Scientific memoirs by medical officers of the Army of India - Part X,
Year: 1897
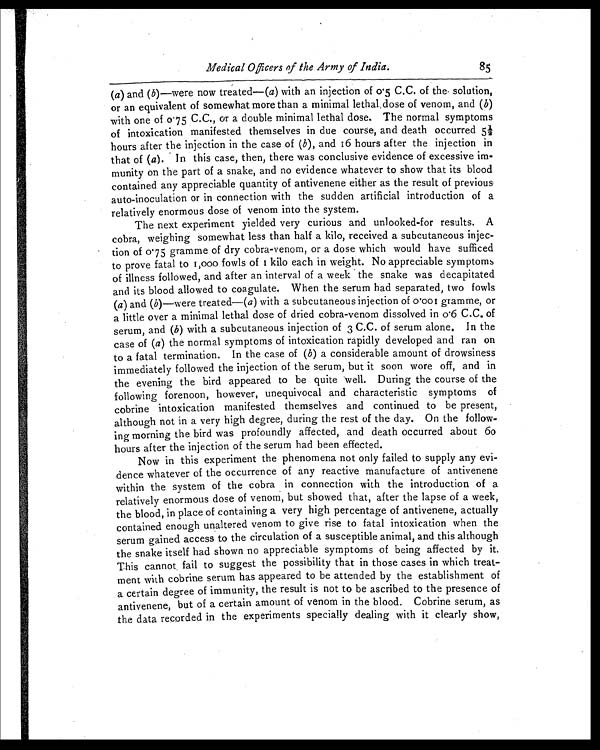
Medical Officers of the Army of India.
85
(a) and ( b)—were now treated—(a) with an injection of 0.5 C.C. of the, solution,
or an equivalent of somewhat more than a minimal lethal dose of venom, and ( b)
with one of 0.75 C.C., or a double minimal lethal dose. The normal symptoms
of intoxication manifested themselves in due course, and death occurred 5½
hours after the injection in the case of ( b), and 16 hours after the injection in
that of ( a). In this case, then, there was conclusive evidence of excessive im
- m u n i t y o n t h e p a r t o f a s n a k e , a n d n o e v i d e n c e w h a t e v e r t o s h o w t h a t i t s b l o o d
contained any appreciable quantity of antivenene either as the result of previous
auto-inoculation or in connection with the sudden artificial introduction of a
relatively enormous dose of venom into the system.
The next experiment yielded very curious and unlooked-for results. A
cobra, weighing somewhat less than half a kilo, received a subcutaneous injec-
tion of 0.75 gramme of dry cobra-venom, or a dose which would have sufficed
t o pr ov e f a t a l t o 1, 000 f owl s of 1 ki l o e a c h i n we i ght . No a ppr e c i a bl e s ympt oms
of illness followed, and after an interval of a week the snake was decapitated
and its blood allowed to coagulate. When the serum had separated, two fowls
(a) and (b )—were treated—(a) with a subcutaneous injection of 0.001 gramme, or
a little over a minimal lethal dose of dried cobra-venom dissolved in 0.6 C.C. of
serum, and ( b) with a subcutaneous injection of 3 C.C. of serum alone. In the
case of (a ) the normal symptoms of intoxication rapidly developed and ran on
to a fatal termination. In the case of ( b ) a considerable amount of drowsiness
immediately followed the injection of the serum, but it soon wore off, and in
the evening the bird appeared to be quite well. During the course of the
following forenoon, however, unequivocal and characteristic symptoms of
cobrine intoxication manifested themselves and continued to be present,
although not in a very high degree, during the rest of the day. On the follow-
ing morning the bird was profoundly affected, and death occurred about 60
hours after the injection of the serum had been effected.
Now in this experiment the phenomena not only failed to supply any evi-
dence whatever of the occurrence of any reactive manufacture of antivenene
within the system of the cobra in connection with the introduction of a
relatively enormous dose of venom, but showed that, after the lapse of a week,
the blood, in place of containing a very high percentage of antivenene, actually
contained enough unaltered venom to give rise to fatal intoxication when the
serum gained access to the circulation of a susceptible animal, and this although
the snake itself had shown no appreciable symptoms of being affected by it.
This cannot fail to suggest the possibility that in those cases in which treat-
ment with cobrine serum has appeared to be attended by the establishment of
a certain degree of immunity, the result is not to be ascribed to the presence of
antivenene, but of a certain amount of venom in the blood. Cobrine serum, as
the data recorded in the experiments specially dealing with it clearly show,